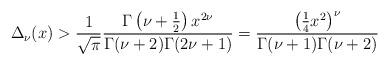
LaTeX: \begin{align*}\Delta_{\nu}(x)>\frac{1}{\sqrt{\pi}}\frac{\Gamma\left(\nu+\frac{1}{2}\right)x^{2\nu}}{\Gamma(\nu+2)\Gamma(2\nu+1)}=\frac{\left(\frac{1}{4}x^{2}\right)^{\nu}}{\Gamma(\nu+1)\Gamma(\nu+2)}\end{align*}